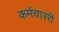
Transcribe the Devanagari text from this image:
कर्मचाररी